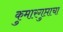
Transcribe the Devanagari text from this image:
कुमारगुप्ताचा